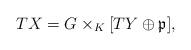
LaTeX: \begin{align*}TX=G\times_K[TY\oplus\mathfrak p],\end{align*}